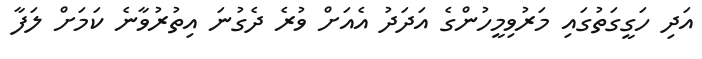
އަދި ހަގީގަތުގައި މަރުވިމީހުންގެ އަދަދު އެއަށް ވުރެ ދެގުނަ އިތުރުވާނެ ކަމަށް ލަފާ